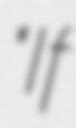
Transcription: "If